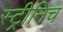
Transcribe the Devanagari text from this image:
स्ट्रीनिच